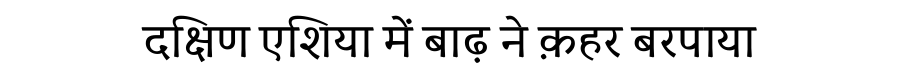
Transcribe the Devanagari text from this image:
दक्षिण एशिया में बाढ़ ने क़हर बरपाया